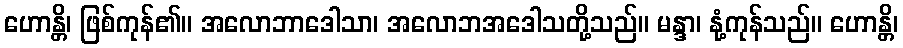
ဟောန္တိ၊ ဖြစ်ကုန်၏။ အလောဘာဒေါသာ၊ အလောဘအဒေါသတို့သည်။ မန္ဒာ၊ နုံ့ကုန်သည်။ ဟောန္တိ၊